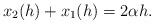
LaTeX: \begin{align*} \begin{aligned}x_2(h)+x_1(h)=2\alpha h. \end{aligned} \end{align*}